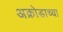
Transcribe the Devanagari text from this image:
अक्रोडाच्या